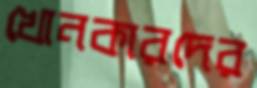
খোনকারদের